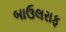
બાઉલરાફ